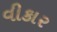
વીકાર